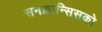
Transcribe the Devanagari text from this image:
सनफ्रान्सिसको